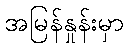
အမြန်နှုန်းမှာ